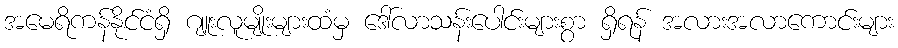
အမေရိကန်နိုင်ငံရှိ ဂျူးလူမျိုးများထံမှ ဒေါ်လာသန်းပေါင်းများစွာ ရှိရန် အလားအလာကောင်းများ